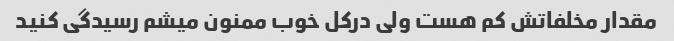
مقدار مخلفاتش کم هست ولی درکل خوب ممنون میشم رسیدگی کنید